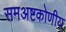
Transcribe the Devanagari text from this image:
समअष्टकोणीय